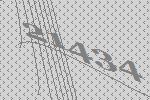
21434